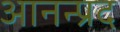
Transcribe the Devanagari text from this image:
आनन्प्रद